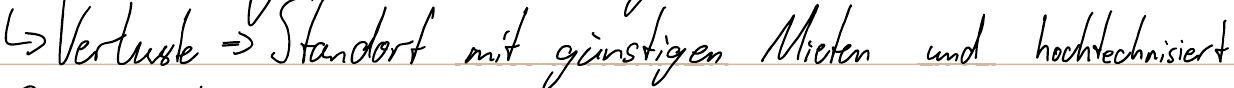
-> Verluste => Standort mit günstigen Mieten und hochtechnisiert